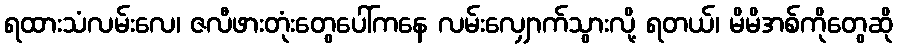
ရထားသံလမ်းလေ၊ ဇလီဖားတုံးတွေပေါ်ကနေ လမ်းလျှောက်သွားလို့ ရတယ်၊ မိမိအစ်ကိုတွေဆို